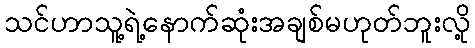
သင်ဟာသူ့ရဲ့နောက်ဆုံးအချစ်မဟုတ်ဘူးလို့